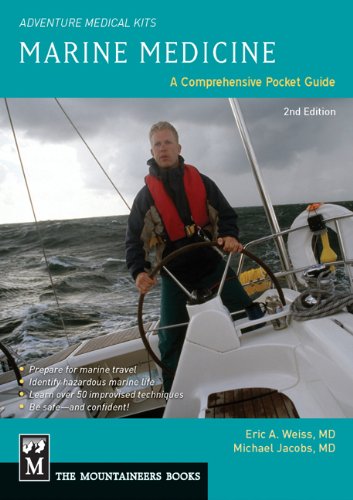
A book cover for Marine Medicine (Adventure Medical Kits); Eric Weiss; Health, Fitness & Dieting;